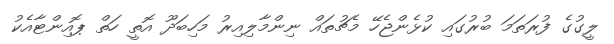
ލީގުގެ ފުރަތަމަ ބުރުގައި ކުޅެންޖެހޭ މެޗުތައް ނިންމާލިއިރު މަހިބަދޫ އޮތީ ހަތް ޕޮއިންޓާއެކު